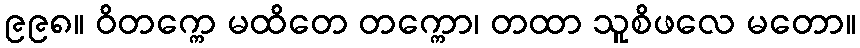
၉၉၈။ ဝိတက္ကေ မထိတေ တက္ကော၊ တထာ သူစိဖလေ မတော။